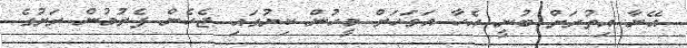
އޭނާ އިތުރަށް ބުނީ އެހާ އަވަހަށް މީހުން ކިޔުގައި ޖެހެން ފެށުމުން ރަށުގެ